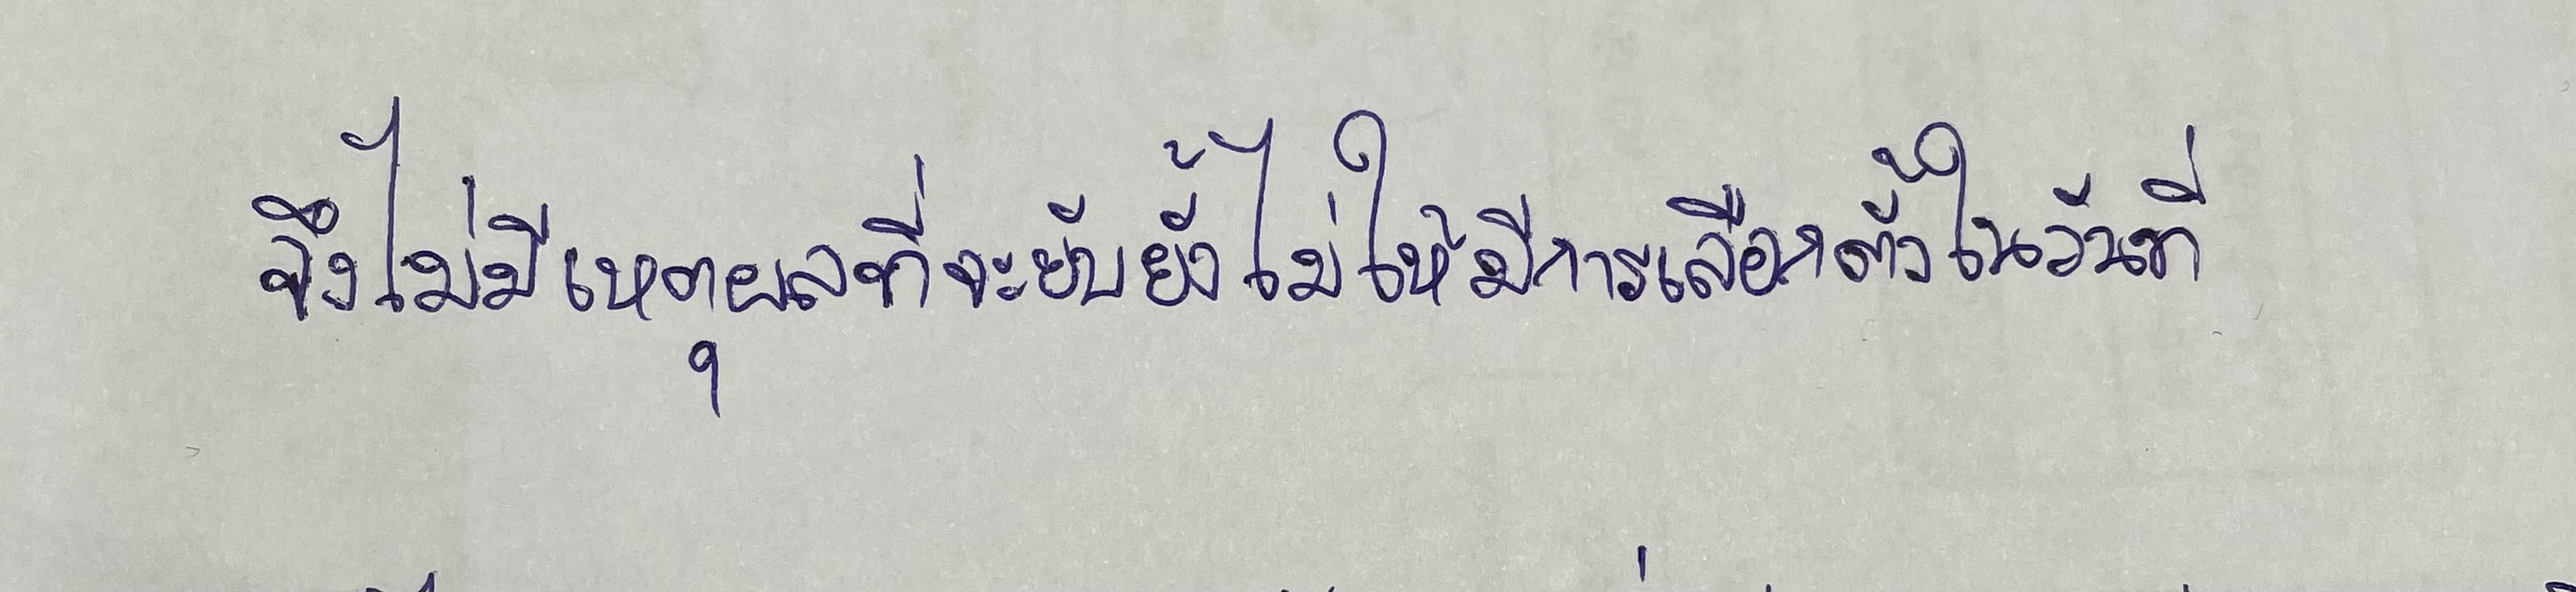
จึงไม่มีเหตุผลที่จะยับยั้งไม่ให้มีการเลือกตั้งในวันที่